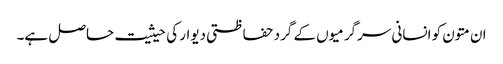
ان متون کو انسانی سرگرمیوں کے گرد حفاظتی دیوار کی حیثیت حاصل ہے۔